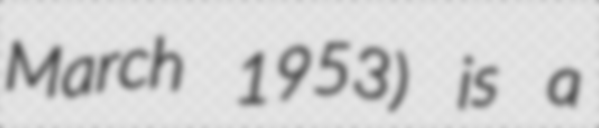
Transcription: March 1953) is a